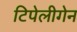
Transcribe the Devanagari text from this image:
टिपेलीगेन